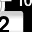
Digit: 2